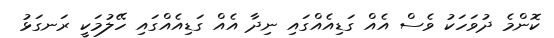
ކޮންމެ ދުވަހަކު ވެސް އެއް ގަޑިއެއްގައި ނިދާ އެއް ގަޑިއެއްގައި ހޭލުމަކީ ރަނގަޅު